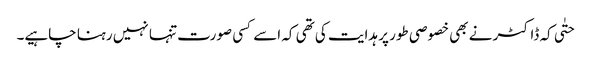
حتٰی کہ ڈاکٹر نے بھی خصوصی طور پر ہدایت کی تھی کہ اسے کسی صورت تنہا نہیں رہنا چاہیے۔